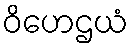
ဝိဟေဌယံ